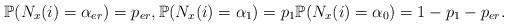
LaTeX: \begin{align*}\mathbb{P}(N_x(i) = \alpha_{er}) = p_{er}, \mathbb{P}(N_x(i) = \alpha_1) = p_1 \mathbb{P}(N_x(i) = \alpha_0) =1-p_1-p_{er}.\end{align*}